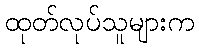
ထုတ်လုပ်သူများက